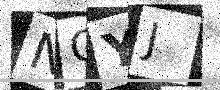
Text: NCYJ